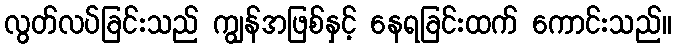
လွတ်လပ်ခြင်းသည် ကျွန်အဖြစ်နှင့် နေရခြင်းထက် ကောင်းသည်။